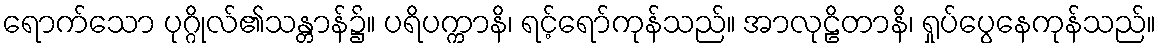
ရောက်သော ပုဂ္ဂိုလ်၏သန္တာန်၌။ ပရိပက္ကာနိ၊ ရင့်ရော်ကုန်သည်။ အာလုဠိတာနိ၊ ရှုပ်ပွေနေကုန်သည်။